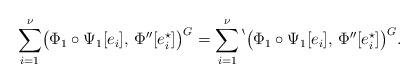
LaTeX: \begin{align*}\sum_{i=1}^\nu\bigl(\Phi_1\circ\Psi_1[e_i],\,\Phi''[e_i^\star]\bigr)^G=\sum_{i=1}^\nu{\vphantom{\bigm|}}^{\backprime}\bigl(\Phi_1\circ\Psi_1[e_i],\,\Phi''[e_i^\star]\bigr)^G.\end{align*}